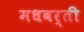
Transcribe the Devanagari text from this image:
मधवर्ती